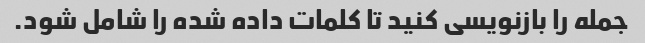
جمله را بازنویسی کنید تا کلمات داده شده را شامل شود.